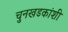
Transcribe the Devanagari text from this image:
चुनखडकांशी